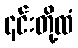
၎င်းတို့ထံ